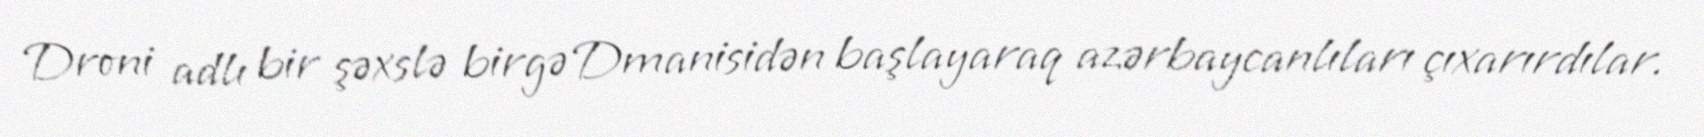
Droni adlı bir şəxslə birgə Dmanisidən başlayaraq azərbaycanlıları çıxarırdılar.